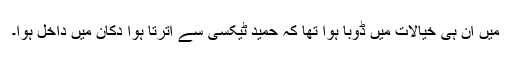
میں ان ہی خیالات میں ڈوبا ہوا تھا کہ حمید ٹیکسی سے اترتا ہوا دُکان میں داخل ہوا۔